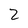
Character: 2